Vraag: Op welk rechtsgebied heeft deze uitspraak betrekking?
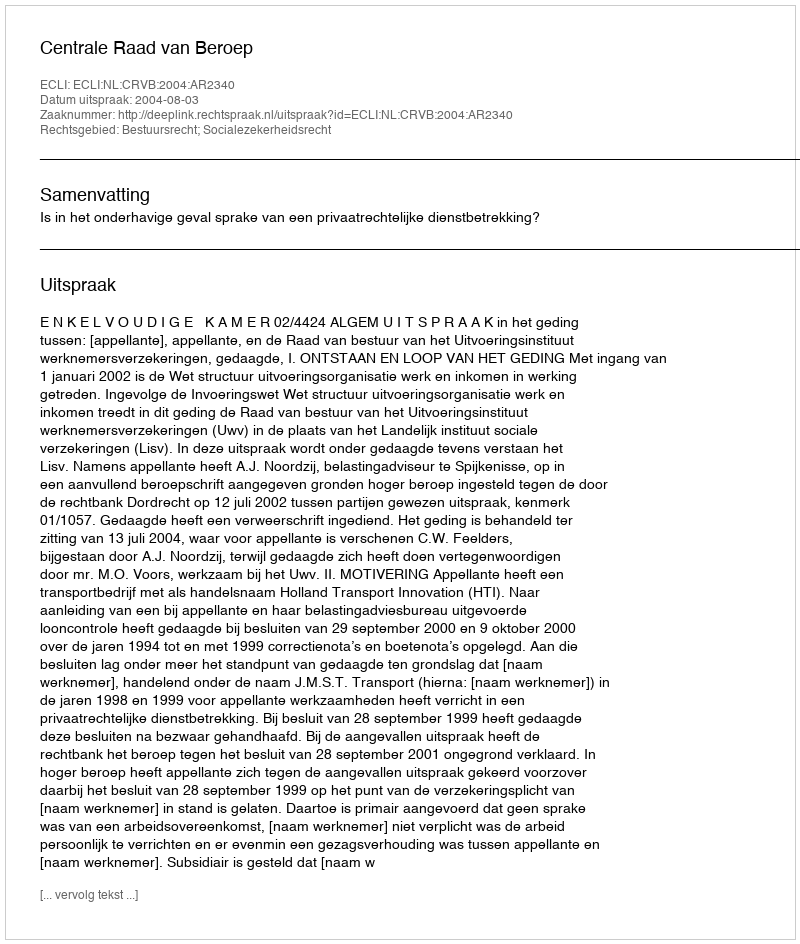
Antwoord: Bestuursrecht; Socialezekerheidsrecht